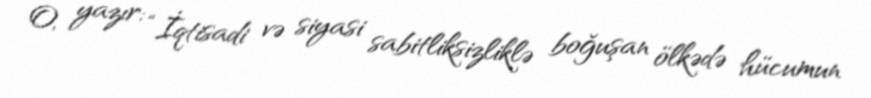
O, yazır: “İqtisadi və siyasi sabitliksizliklə boğuşan ölkədə hücumun